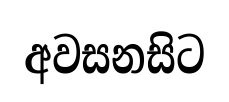
අවසනසිට